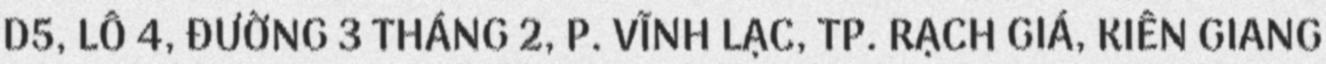
D5, LÔ 4, ĐƯỜNG 3 THÁNG 2, P. VĨNH LẠC, TP. RẠCH GIÁ, KIÊN GIANG